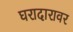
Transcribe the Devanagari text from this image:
घरादारावर